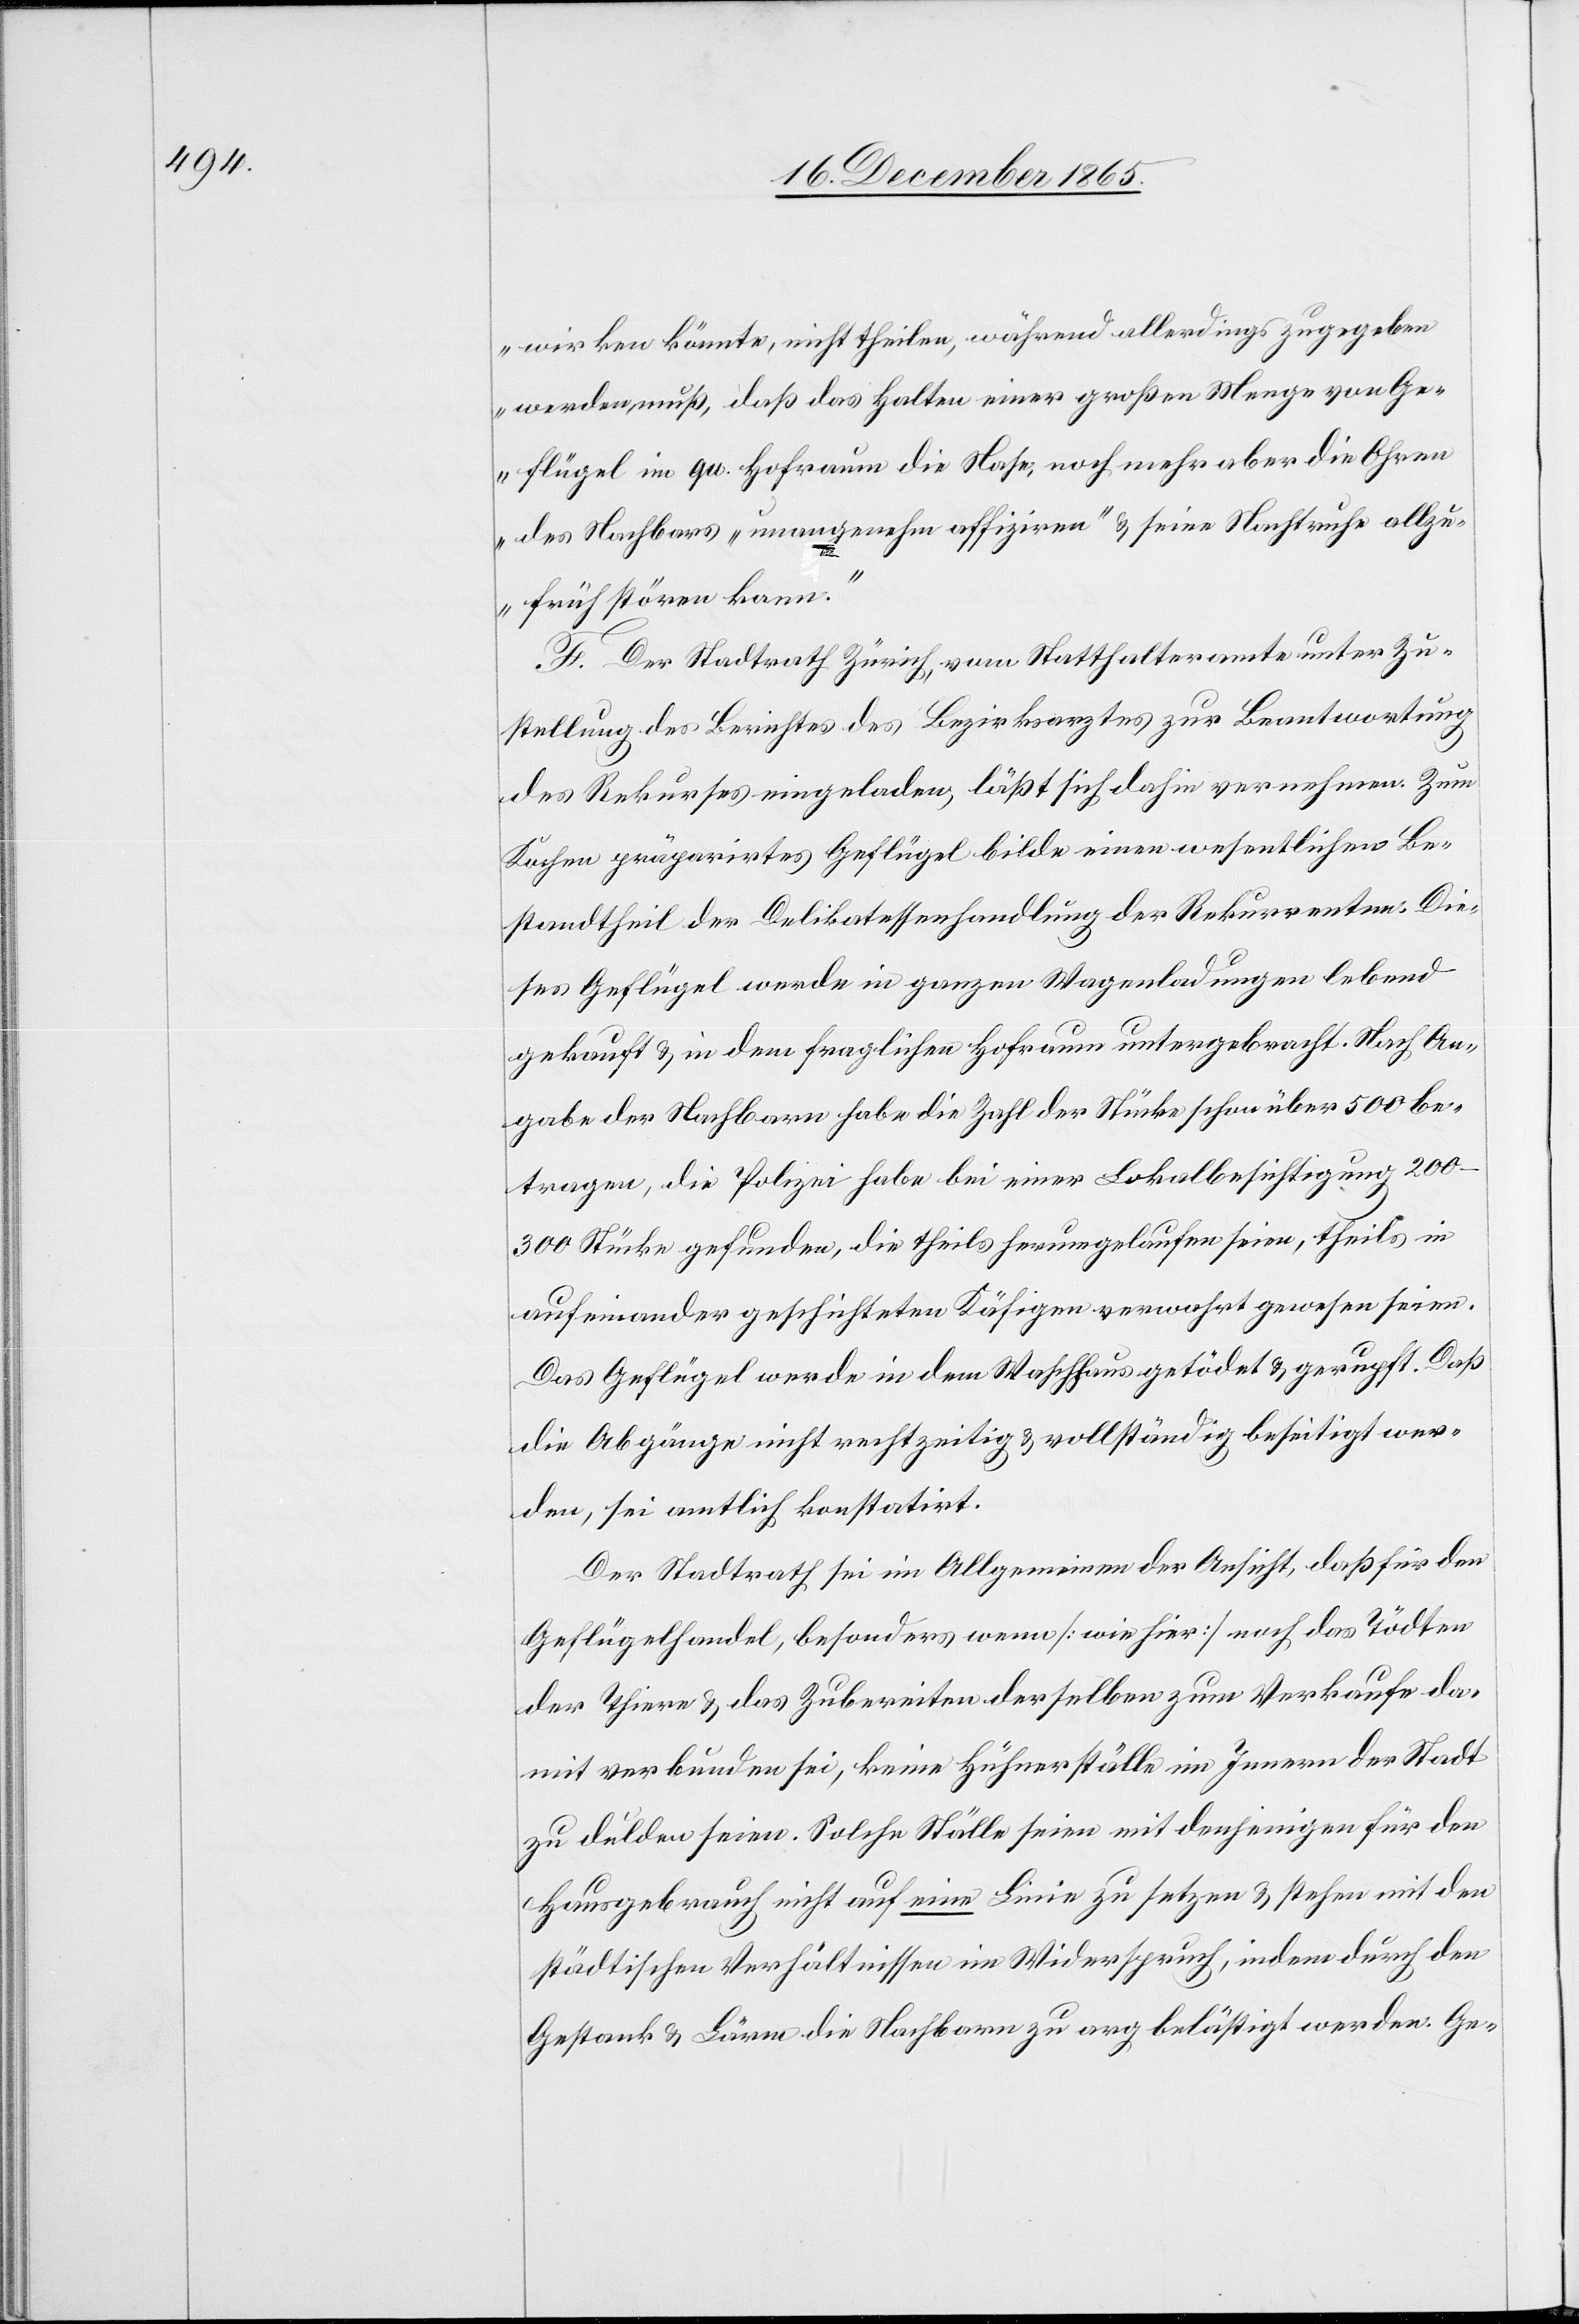
wirken könnte, nicht theilen, während allerding zugegeben
werden muß, daß das Halten einer großen Menge von Ge¬
flügel im qu. Hofraum die Nase, noch mehr aber die Ohren
des Nachbars „unangenehm affiziren“ & seine Nachtruhe allzu¬
früh stören kann.“
F. Der Stadtrath Zürich, vom Statthalteramte unter Zu¬
stellung des Berichtes des Bezirksarztes zur Beantwortung
des Rekurses eingeladen, läßt sich dahin vernehmen: Zum
Kochen präparirtes Geflügel bilde einen wesentlichen Be¬
standtheil der Delikatessenhandlung der Rekurrenten. Die¬
ses Geflügel werde in ganzen Wagenladungen lebend
gekauft & in dem fraglichen Hofraum untergebracht. Nach An¬
gabe der Nachbarn hab die Zahl der Stücke schon über 500 be¬
tragen, die Polizei habe bei einer Lokalbesichtigung 200–300
Stücke gefunden, die theils herumgelaufen seien, theils in
aufeinander geschichteten Käfigen verwahrt gewesen seien.
Das Geflügel werde in dem Waschhaus getödet & gerupft. Daß
die Abgänge nicht rechtzeitig & vollständig beseitigt wer¬
den, sei amtlich konstatirt.
Der Stadtrath sei im Allgemeinen der Ansicht, daß für den
Geflügelhandel, besonders wenn [wie hier] noch das Tödten
der Thiere & das Zubereiten derselben zum Verkaufe da¬
mit verbunden sei, keine Hühnerställe im Innern der Stadt
zu dulden seien. Solche Ställe seien mit denjenigen für den
Hausgebrauch nicht auf eine Linie zu setzen & stehen mit den
städtischen Verhältnissen in Widerspruch, indem durch den
Gestank & Lärm die Nachbarn zu arg belästigt werden. Ge-